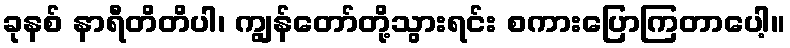
ခုနစ် နာရီတိတိပါ၊ ကျွန်တော်တို့သွားရင်း စကားပြောကြတာပေါ့။